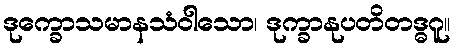
ဒုက္ခောသမာနသံဝါသော၊ ဒုက္ခာနုပတိတဒ္ဓဂူ။